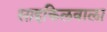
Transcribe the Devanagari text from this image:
साइकिलवाला